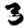
Digit: 3